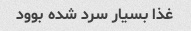
غذا بسیار سرد شده بوود